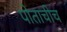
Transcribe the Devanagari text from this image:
पोताचीच